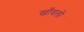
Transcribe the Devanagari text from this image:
खाँवलों